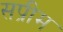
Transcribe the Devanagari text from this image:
सप्रीम